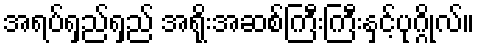
အရပ်ရှည်ရှည် အရိုးအဆစ်ကြီးကြီးနှင့်ပုဂ္ဂိုလ်။